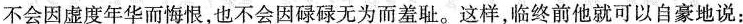
不会因虚度年华而悔恨，也不会因碌碌无为而羞耻。这样，临终前他就可以自豪地说：